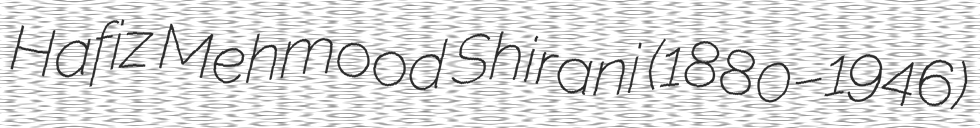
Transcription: Hafiz Mehmood Shirani (1880–1946)